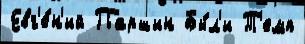
Евг'е́н'ий Паршин Бы́л'и Т'емп